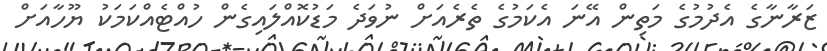
ޒަރާނާގެ އެދުމުގެ މަތިން އޭނަ އެކަމުގެ ތެރެއަށް ނުވަދެ މަޑުކޮއްލައިގެން ހުއްޓެއްކަމަކު ޔޫހާއަށް